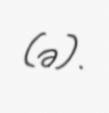
(ə).